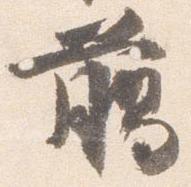
臈